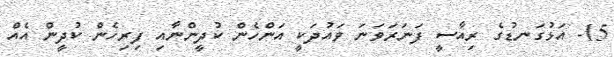
15- އަޅުގަނޑުގެ ރިއާސީ ފަނަރަވަނަ ވައުދަކީ އަންހެން ކުދީންނާއި ފިރިހެން ކުދީން އެއް